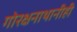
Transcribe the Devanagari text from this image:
गोरक्षनाथानीही